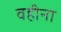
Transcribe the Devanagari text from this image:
वहीना